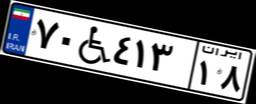
۷۰W۴۱۳۱۸